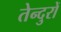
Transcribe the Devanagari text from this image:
तेन्दुरों